[Report on the health of British troops in the Madras command]
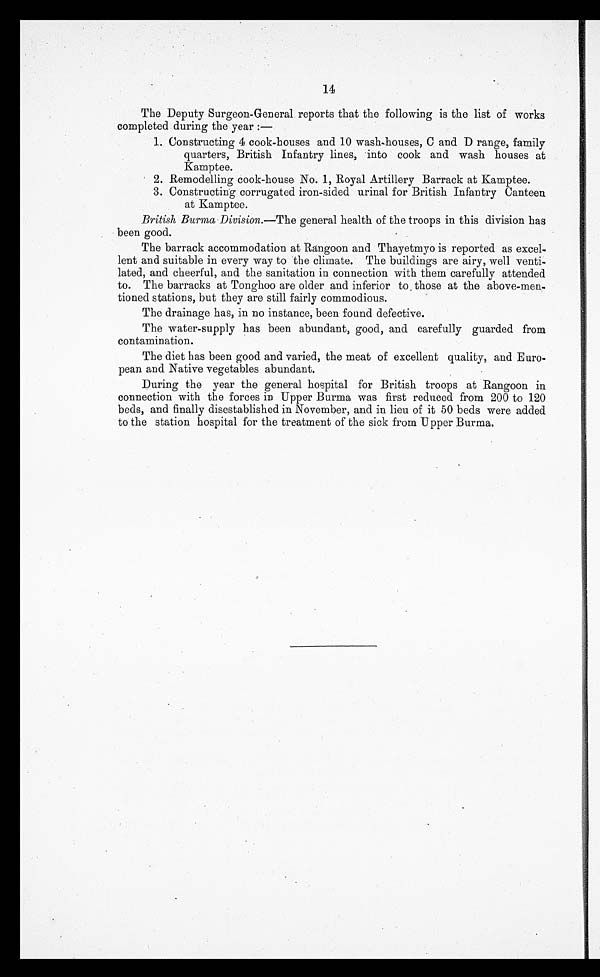
14
The Deputy Surgeon-General reports that the following is the list of works
completed during the year :—
1. Constructing 4 cook-houses and 10 wash-houses, C and D range, family
quarters, British Infantry lines, into cook and wash houses at
Kamptee.
2. Remodelling cook-house No. 1, Royal Artillery Barrack at Kamptee.
3. Constructing corrugated iron-sided urinal for British Infantry Canteen
at Kamptee.
British Burma Division.—The general health of the troops in this division has
been good.
The barrack accommodation at Rangoon and Thayetmyo is reported as excel
-lent and suitable in every way to the climate. The buildings are airy, well venti
-lated, and cheerful, and the sanitation in connection with them carefully attended
to. The barracks at Tonghoo are older and inferior to those at the above-men
-tioned stations, but they are still fairly commodious.
The drainage has, in no instance, been found defective.
The water-supply has been abundant, good, and carefully guarded from
contamination.
The diet has been good and varied, the meat of excellent quality, and Euro
-pean and Native vegetables abundant.
During the year the general hospital for British troops at Rangoon in
connection with the forces in Upper Burma was first reduced from 200 to 120
beds, and finally disestablished in November, and in lieu of it 50 beds were added
to the station hospital for the treatment of the sick from Upper Burma.